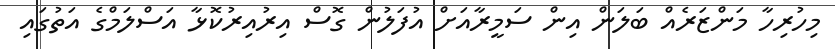
މިހުރިހާ މަންޒަރެއް ބަލަން އިން ސަމީރާއަށް އުފަލުން ގޮސް އިރުއިރުކޮޅާ އަސްލަމްގެ އަތުގައި